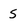
Character: 5